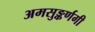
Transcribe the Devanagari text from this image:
अमसुङ्कर्णगी